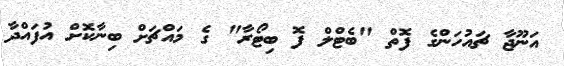
އަނޫޖާ ޗައުހަންގެ ފޮތް "ބެޓްލް ފޮ ބިޓޯރާ" ގެ މައްޗަށް ބިނާކޮށް އުފައްދާ